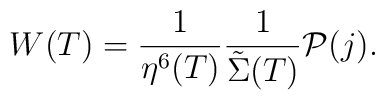
W(T) = \frac{1}{\eta^6(T)}\frac{1}{{\tilde \Sigma}(T)}{\cal P}(j).